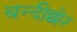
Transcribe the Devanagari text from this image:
बन्दीछोर